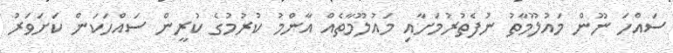
ސައްހަ ނޫން މައުލޫމާތު ނުފެތުރުމަށާއި މައުލޫމާތެއް އާންމު ކުރުމުގެ ކުރީން ސައްހަކަން ކަށަވަރު